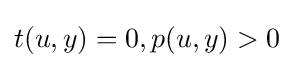
t(u,y)=0,p(u,y)>0